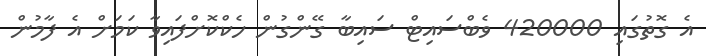
އެ ގޮތުގައި 420000 ވެބްސައިޓް ސައިބާ ގޭންގުން ހެކްކޮށްފައިވާ ކަމަށް އެ ފާމުން